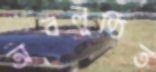
অবলুণ্ঠিত